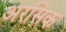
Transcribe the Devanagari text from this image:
अरसिक